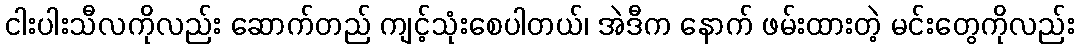
ငါးပါးသီလကိုလည်း ဆောက်တည် ကျင့်သုံးစေပါတယ်၊ အဲဒီက နောက် ဖမ်းထားတဲ့ မင်းတွေကိုလည်း